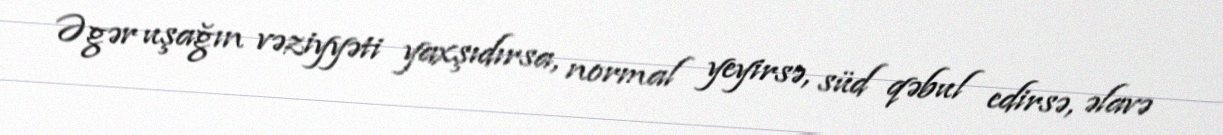
Əgər uşağın vəziyyəti yaxşıdırsa, normal yeyirsə, süd qəbul edirsə, əlavə